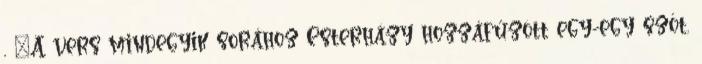
, "A vers mindegyik sorához Esterházy hozzáfűzött egy-egy szót,